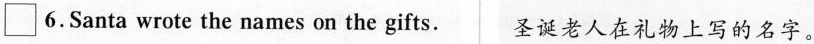
\Box 6.Santa wrote the names on the gifts. 圣诞老人在礼物上写的名字。